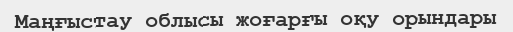
Маңғыстау облысы жоғарғы оқу орындары